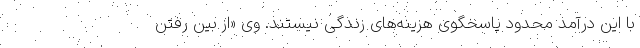
با این درآمد محدود پاسخگوی هزینه‌های زندگی نیستند. وی «از بین رفتن